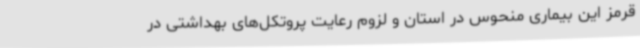
قرمز این بیماری منحوس در استان و لزوم رعایت پروتکل‌های بهداشتی در